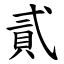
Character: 貳